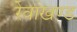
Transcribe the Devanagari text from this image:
रेवाखण्ड